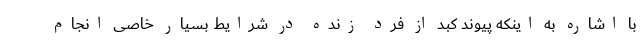
با اشاره به اینکه پیوند کبد از فرد زنده در شرایط بسیار خاصی انجام